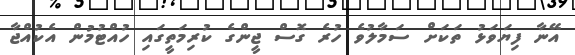
އޭނާ ފިޔަވަޅު ތަކަށް ސަމާލުވެ ހުރެ ގޮސް ޖީންގެ ކުރިމަތީގައި ހުއްޓުމުން އެކުއްޖާ